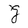
Character: g